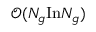
\mathcal { O } ( N _ { g } \mathrm { I n } N _ { g } )